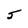
Character: 5